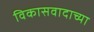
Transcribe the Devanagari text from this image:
विकासवादाच्या